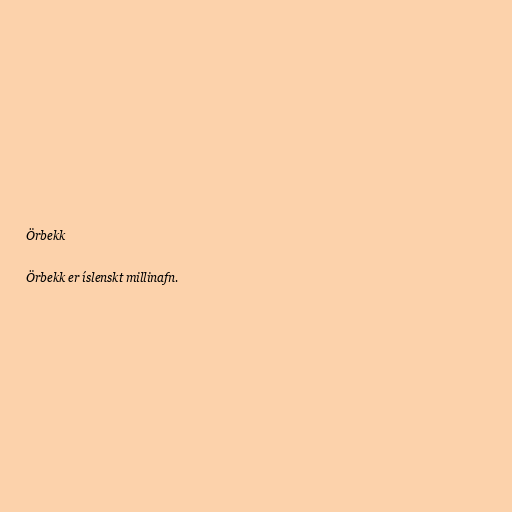
Örbekk

Örbekk er íslenskt millinafn.